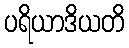
ပရိယာဒိယတိ